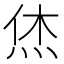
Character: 烋